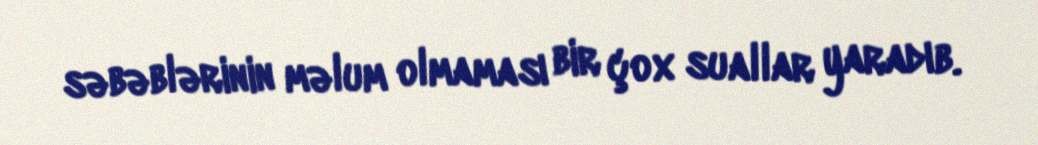
səbəblərinin məlum olmaması bir çox suallar yaradıb.